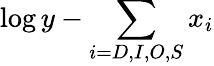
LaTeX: \log y-\sum_{i=D,I,O,S}x_{i}